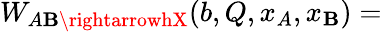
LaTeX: W_{A\mathbf{B}\rightarrowhX}(b,Q,x_{A},x_{\mathbf{B}})=